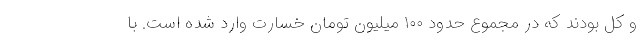
و کل بودند که در مجموع حدود ۱۰۰ میلیون تومان خسارت وارد شده است. با